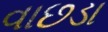
વાછડા